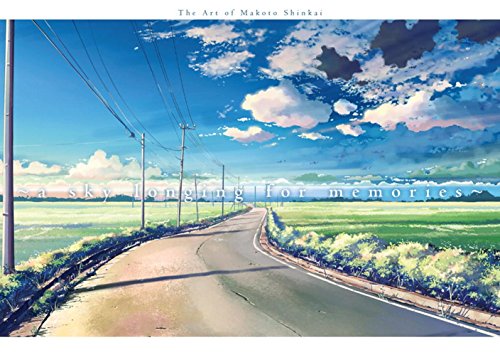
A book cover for A Sky Longing for Memories: The Art of Makoto Shinkai; Makoto Shinkai; Comics & Graphic Novels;